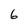
Character: 6